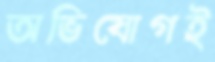
অভিযোগই